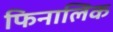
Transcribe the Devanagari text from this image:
फिनालिक